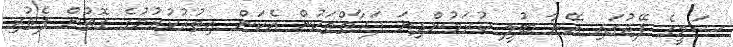
ޝަމީގެ ޕޭޖުގައި އޭނާ ބުލީ ކުރަމުންދިޔަ ފަރާތްތަކުން އެކަން އިތުރުކުރުމުގެ ގޮތުން ފެތުރި